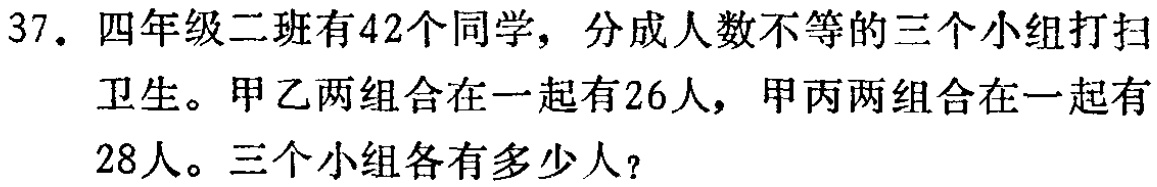
37. 四年级二班有42个同学，分成人数不等的三个小组打扫卫生。甲乙两组合在一起有26人，甲丙两组合在一起有28人。三个小组各有多少人？